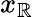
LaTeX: x_{\mathbb{R}}